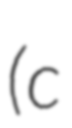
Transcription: (c